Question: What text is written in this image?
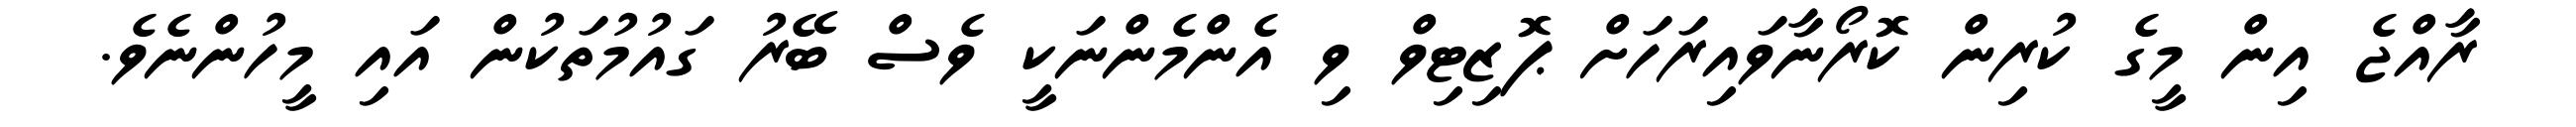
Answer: ރާއްޖެ އިން މީގެ ކުރިން ކޮރޯނާވައިރަހަށް ޕޮޒިޓިވް ވި އެންމެންނަކީ ވެސް ބޭރު ގައުމުތަކުން އައި މީހުންނެވެ.